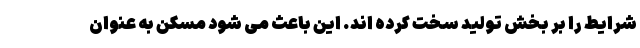
شرایط را بر بخش تولید سخت کرده اند. این باعث می شود مسکن به عنوان